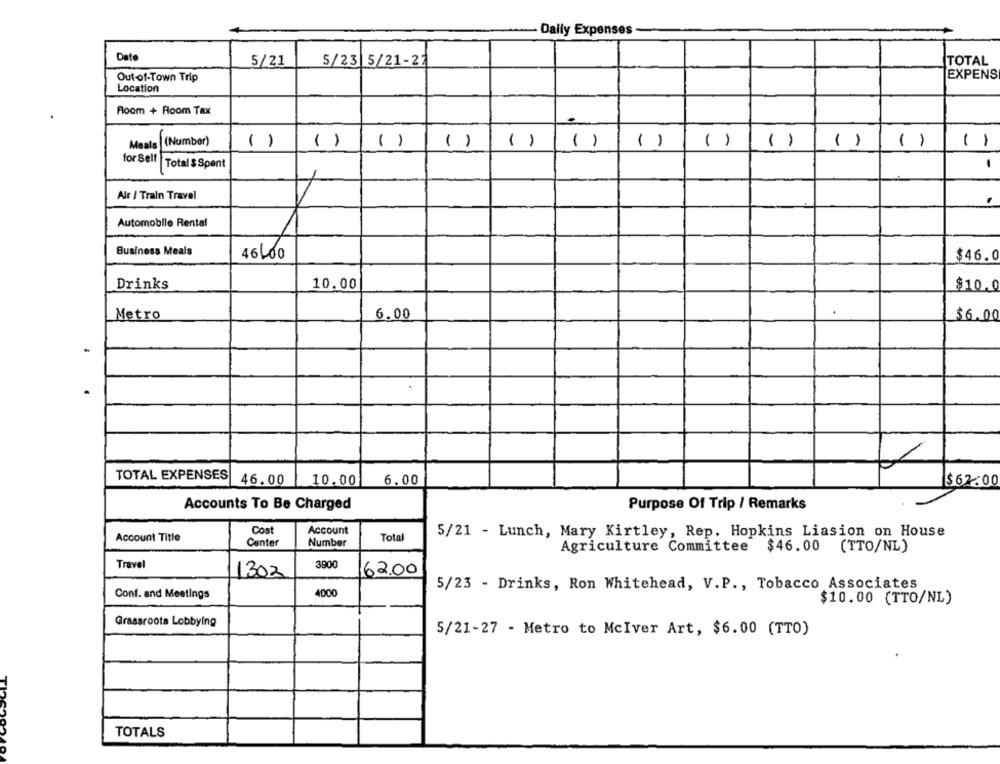
Daily Expenses
Date
5/21
5/23 5/21-27
TOTAL
EXPENS
Out -of-Town Trip
Location
Room + Room Tax
Meals (Number)
()
()
( )
( )
( )
()
()
( )
( )
( )
()
-
-
for Self |Total $Spent
-
Alr / Train Travel
.
Automobile Rental
Business Meals
46.00
$46.0
Drinks
10.00
$10.0
Metro
6.00
$6.00
TOTAL EXPENSES
46.00
10.00
6.00
$62.00
Purpose Of Trip / Remarks
Accounts To Be Charged
Cost
Account
5/21 - Lunch, Mary Kirtley, Rep. Hopkins Liasion on House
Account Title
Center
Number
Total
Agriculture Committee $46.00 (TTO/NL)
Travel
3900
1302
162.00
5/23 - Drinks, Ron Whitehead, V.P ., Tobacco Associates
Conf. and Meetings
4000
$10.00 (TTO/NL)
Grassroots Lobbying
5/21-27 - Metro to McIver Art, $6.00 (TTO)
TI
TOTALS